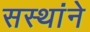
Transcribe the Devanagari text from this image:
सस्थांने